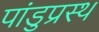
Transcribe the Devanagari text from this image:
पांडुप्रस्थ